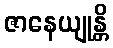
ဇာနေယျုန္တိ